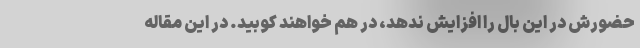
حضورش در این بال را افزایش ندهد، در هم خواهند کوبید. در این مقاله